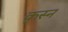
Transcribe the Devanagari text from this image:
कृस्न